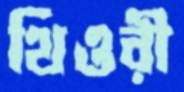
থিওরী